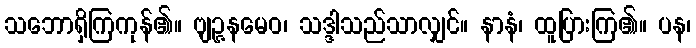
သဘောရှိကြကုန်၏။ ဗျဉ္ဇနမေဝ၊ သဒ္ဒါသည်သာလျှင်။ နာနံ၊ ထူပြားကြ၏။ ပန၊